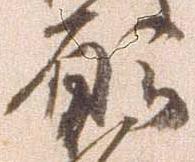
願